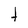
Character: t